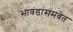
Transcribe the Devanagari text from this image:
भावंडांसमवेत